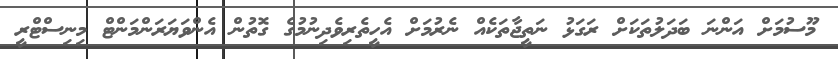
މޫސުމަށް އަންނަ ބަދަލުތަކަށް ރަގަޅު ނަތީޖާތަކެއް ނެރުމަށް އެހީތެރިވެދިނުމުގެ ގޮތުން އެންވަޔަރަންމަންޓް މިނިސްޓްރީ